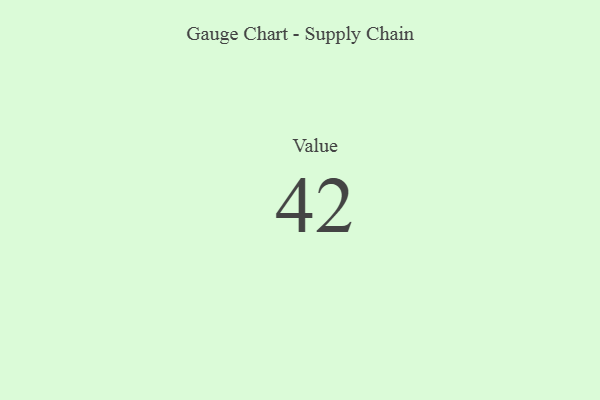
{"axis": {"x": "Metric", "y": "Value"}, "legend": [""], "data": [{"x": "Value", "y": 42, "type": ""}]}